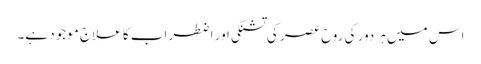
اس میں ہر دور کی روح عصر کی تشنگی اور اضطراب کا علاج موجود ہے۔